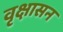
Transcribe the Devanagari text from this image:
वृक्षासन